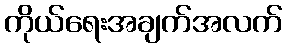
ကိုယ်ရေးအချက်အလက်